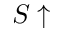
S \uparrow